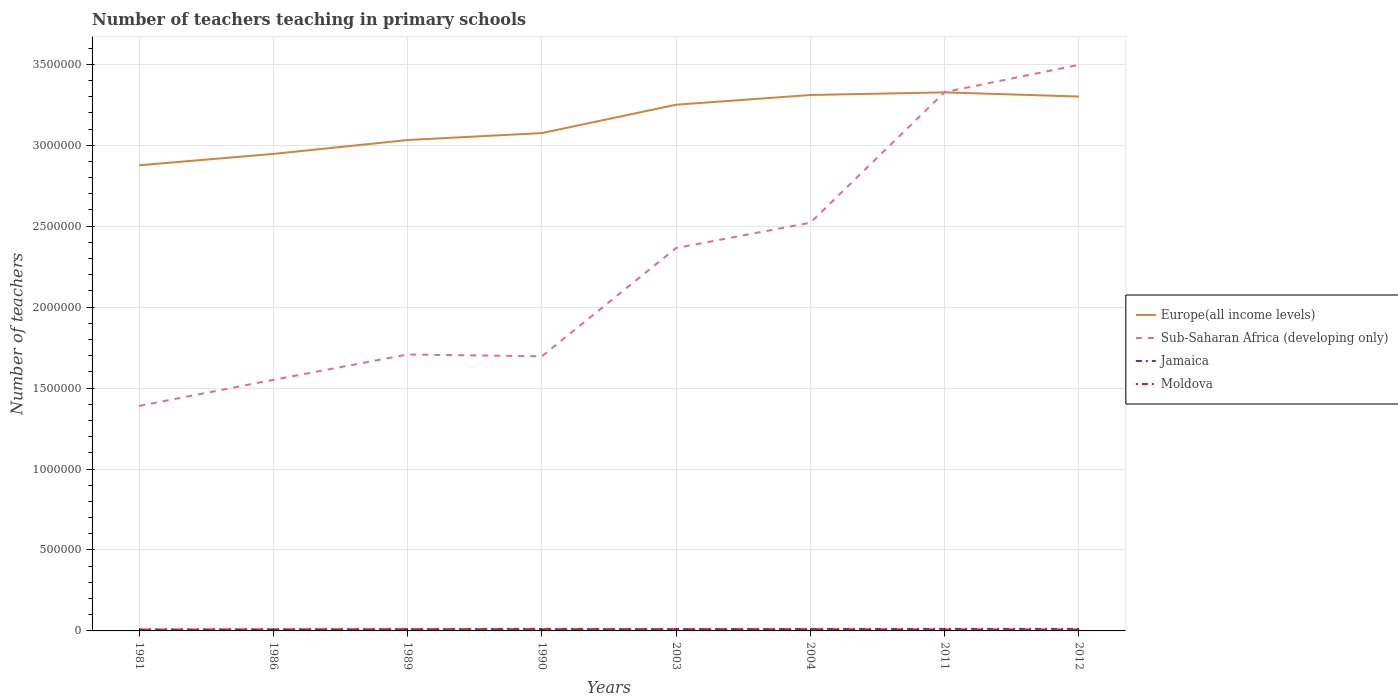
| Years | Europe(all income levels) | Sub-Saharan Africa (developing only) | Jamaica | Moldova |
 | --- | --- | --- | --- | --- |
 | 1981 | 2.88e+06 | 1.39e+06 | 8.68e+03 | 8e+03 |
 | 1986 | 2.95e+06 | 1.55e+06 | 9.65e+03 | 9.5e+03 |
 | 1989 | 3.03e+06 | 1.71e+06 | 1.03e+04 | 1.11e+04 |
 | 1990 | 3.07e+06 | 1.7e+06 | 1.01e+04 | 1.21e+04 |
 | 2003 | 3.25e+06 | 2.37e+06 | 1.1e+04 | 1.11e+04 |
 | 2004 | 3.31e+06 | 2.52e+06 | 1.2e+04 | 1.05e+04 |
 | 2011 | 3.33e+06 | 3.33e+06 | 1.24e+04 | 9.04e+03 |
 | 2012 | 3.3e+06 | 3.5e+06 | 1.24e+04 | 8.75e+03 |